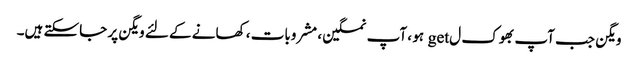
ویگن جب آپ بھوک ل get ہو ، آپ نمکین ، مشروبات ، کھانے کے لئے ویگن پر جاسکتے ہیں۔